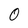
Character: O